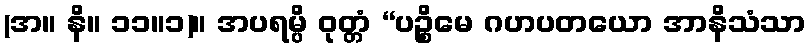
(အ။ နိ။ ၁၁။၁)။ အပရမ္ပိ ဝုတ္တံ “ပဉ္စိမေ ဂဟပတယော အာနိသံသာ